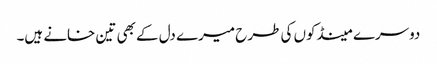
دوسرے مینڈکوں کی طرح میرے دل کے بھی تین خانے ہیں۔